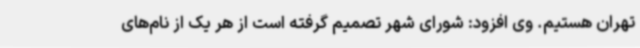
تهران هستیم. وی افزود: شورای شهر تصمیم گرفته است از هر یک از نام‌های